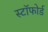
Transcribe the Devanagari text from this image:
स्टॉफोर्ड